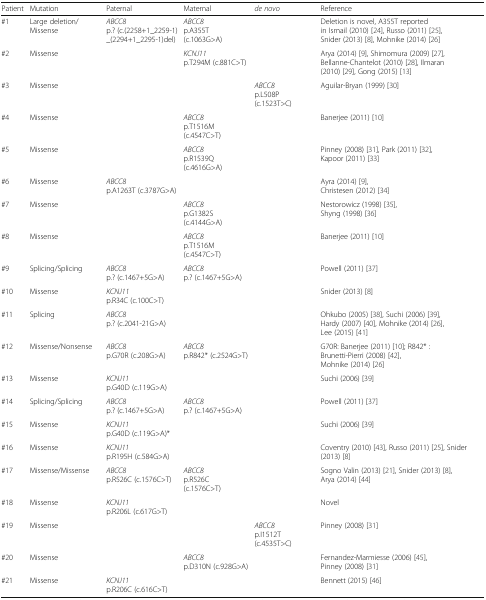
<table><thead><tr><td><b>Patient</b></td><td><b>Mutation</b></td><td><b>Paternal</b></td><td><b>Maternal</b></td><td><b><i>de novo</i></b></td><td><b>Reference</b></td></tr></thead><tbody><tr><td>#1</td><td>Large deletion/Missense</td><td><i>ABCC8</i>p.? (c.(2258+1_2259-1)_(2294+1_2295-1)del)</td><td><i>ABCC8</i>p.A355T (c.1063G&gt;A)</td><td></td><td>Deletion is novel, A355T reported in Ismail (2010) [24], Russo (2011) [25], Snider (2013) [8], Mohnike (2014) [26]</td></tr><tr><td>#2</td><td>Missense</td><td></td><td><i>KCNJ11</i>p.T294M (c.881C&gt;T)</td><td></td><td>Arya (2014) [9], Shimomura (2009) [27], Bellanne-Chantelot (2010) [28], Ilmaran (2010) [29], Gong (2015) [13]</td></tr><tr><td>#3</td><td>Missense</td><td></td><td></td><td><i>ABCC8</i>p.L508P (c.1523T&gt;C)</td><td>Aguilar-Bryan (1999) [30]</td></tr><tr><td>#4</td><td>Missense</td><td></td><td><i>ABCC8</i>p.T1516M (c.4547C&gt;T)</td><td></td><td>Banerjee (2011) [10]</td></tr><tr><td>#5</td><td>Missense</td><td></td><td><i>ABCC8</i>p.R1539Q (c.4616G&gt;A)</td><td></td><td>Pinney (2008) [31], Park (2011) [32], Kapoor (2011) [33]</td></tr><tr><td>#6</td><td>Missense</td><td><i>ABCC8</i>p.A1263T (c.3787G&gt;A)</td><td></td><td></td><td>Ayra (2014) [9], Christesen (2012) [34]</td></tr><tr><td>#7</td><td>Missense</td><td></td><td><i>ABCC8</i>p.G1382S (c.4144G&gt;A)</td><td></td><td>Nestorowicz (1998) [35], Shyng (1998) [36]</td></tr><tr><td>#8</td><td>Missense</td><td></td><td><i>ABCC8</i>p.T1516M (c.4547C&gt;T)</td><td></td><td>Banerjee (2011) [10]</td></tr><tr><td>#9</td><td>Splicing/Splicing</td><td><i>ABCC8</i>p.? (c.1467+5G&gt;A)</td><td><i>ABCC8</i>p.? (c.1467+5G&gt;A)</td><td></td><td>Powell (2011) [37]</td></tr><tr><td>#10</td><td>Missense</td><td><i>KCNJ11</i>p.R34C (c.100C&gt;T)</td><td></td><td></td><td>Snider (2013) [8]</td></tr><tr><td>#11</td><td>Splicing</td><td><i>ABCC8</i>p.? (c.2041-21G&gt;A)</td><td></td><td></td><td>Ohkubo (2005) [38], Suchi (2006) [39], Hardy (2007) [40], Mohnike (2014) [26], Lee (2015) [41]</td></tr><tr><td>#12</td><td>Missense/Nonsense</td><td><i>ABCC8</i>p.G70R (c.208G&gt;A)</td><td><i>ABCC8</i>p.R842* (c.2524G&gt;T)</td><td></td><td>G70R: Banerjee (2011) [10]; R842* : Brunetti-Pierri (2008) [42], Mohnike (2014) [26]</td></tr><tr><td>#13</td><td>Missense</td><td><i>KCNJ11</i>p.G40D (c.119G&gt;A)</td><td></td><td></td><td>Suchi (2006) [39]</td></tr><tr><td>#14</td><td>Splicing/Splicing</td><td><i>ABCC8</i>p.? (c.1467+5G&gt;A)</td><td><i>ABCC8</i>p.? (c.1467+5G&gt;A)</td><td></td><td>Powell (2011) [37]</td></tr><tr><td>#15</td><td>Missense</td><td><i>KCNJ11</i>p.G40D (c.119G&gt;A)*</td><td></td><td></td><td>Suchi (2006) [39]</td></tr><tr><td>#16</td><td>Missense</td><td><i>KCNJ11</i>p.R195H (c.584G&gt;A)</td><td></td><td></td><td>Coventry (2010) [43], Russo (2011) [25], Snider (2013) [8]</td></tr><tr><td>#17</td><td>Missense/Missense</td><td><i>ABCC8</i>p.R526C (c.1576C&gt;T)</td><td><i>ABCC8</i>p.R526C (c.1576C&gt;T)</td><td></td><td>Sogno Valin (2013) [21], Snider (2013) [8], Arya (2014) [44]</td></tr><tr><td>#18</td><td>Missense</td><td><i>KCNJ11</i>p.R206L (c.617G&gt;T)</td><td></td><td></td><td>Novel</td></tr><tr><td>#19</td><td>Missense</td><td></td><td></td><td><i>ABCC8</i>p.I1512T (c.4535T&gt;C)</td><td>Pinney (2008) [31]</td></tr><tr><td>#20</td><td>Missense</td><td></td><td><i>ABCC8</i>p.D310N (c.928G&gt;A)</td><td></td><td>Fernandez-Marmiesse (2006) [45], Pinney (2008) [31]</td></tr><tr><td>#21</td><td>Missense</td><td><i>KCNJ11</i>p.R206C (c.616C&gt;T)</td><td></td><td></td><td>Bennett (2015) [46]</td></tr></tbody></table>